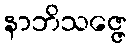
နာဘိသဇ္ဇေ